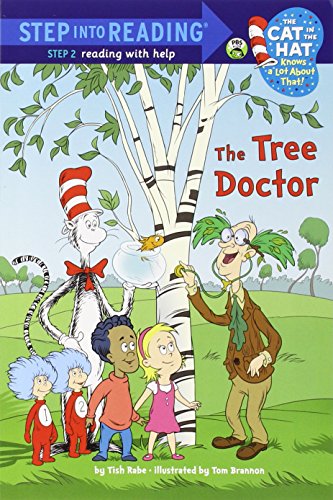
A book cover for The Tree Doctor (Dr. Seuss/Cat in the Hat) (Step into Reading); Tish Rabe; Children's Books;